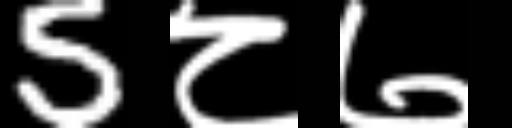
Text: 5८७